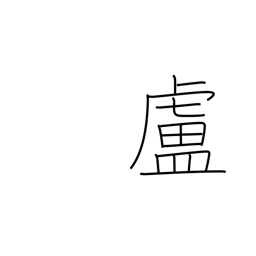
Meaning: hut